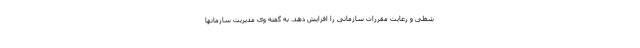
شغلی و رعایت مقررات سازمانی را افزایش دهد. به گفته وی مدیریت سازمانها